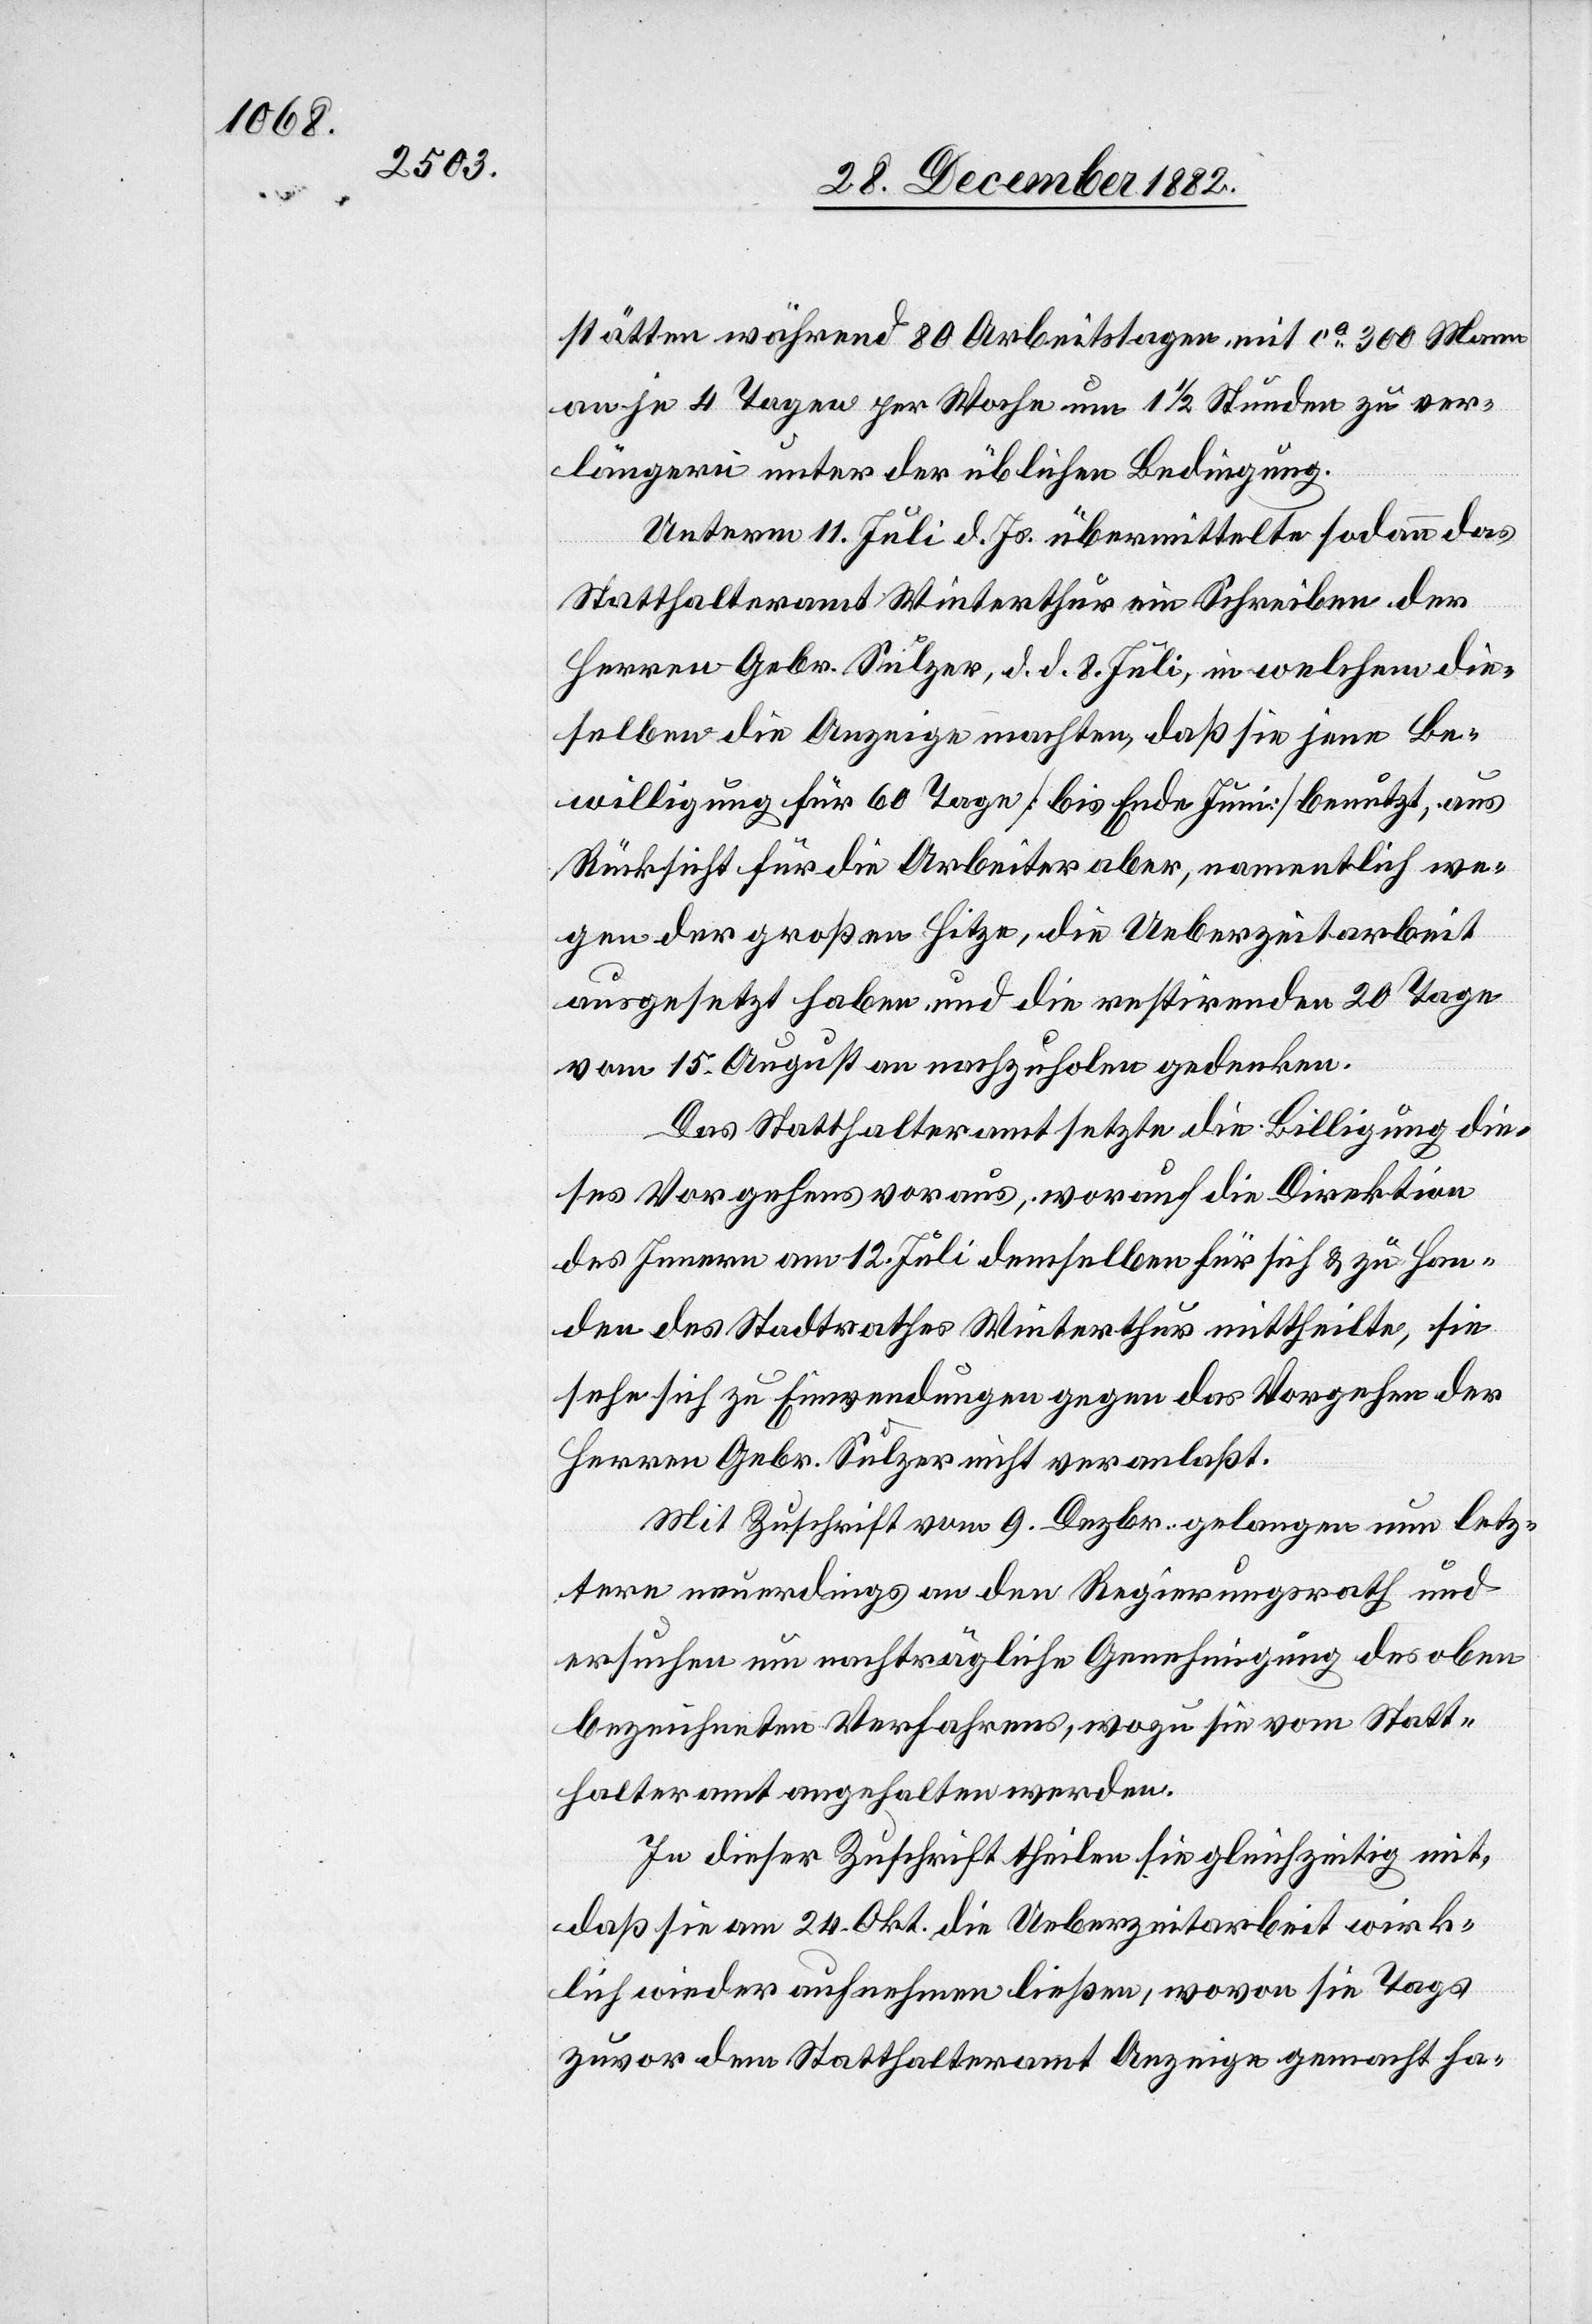
stätten während 80 Arbeitstagen mit ca 300 Mann
an je 4 Tagen per Woche um 1 1/2 Stunden zu ver¬
längern unter der üblichen Bedingung.
Unterm 11. Juli d. Js. übermittelte sodann das
Statthalteramt Winterthur ein Schreiben der
Herren Gebr. Sulzer, d. d. 8. Juli, in welchem die¬
selben die Anzeige machten, daß sie jene Be¬
willigung für 60 Tage [bis Ende Juni] benutzt, aus
Rücksicht für die Arbeiter aber, namentlich we¬
gen der großen Hitze, die Ueberzeitarbeit
ausgesetzt haben, und die restirenden 20 Tage
vom 15. August an nachzuholen gedenken.
Das Statthalteramt setzt die Bewilligung die¬
ses Vorgehens voraus, worauf die Direktion
des Innern am 12. Juli demselben für sich & zu Han¬
den des Stadtrathes Winterthur mittheilte, sie
sehe sich zu Einwendungen gegen das Vorgehen der
Herren Gebr. Sulzer nicht veranlaßt.
Mit Zuschrift vom 9. Dezbr. gelangen nun letz¬
tere neuerdings an den Regierungsrath und
ersuchen um nachträgliche Genehmigung des oben
bezeichneten Verfahrens, wozu sie vom Statt¬
halteramt angehalten werden.
In dieser Zuschrift theilen sie gleichzeitig mit,
daß sie am 24. Okt. die Ueberzeitarbeit wirk¬
lich wieder aufnehmen ließen, wovon sie Tags
zuvor dem Statthalteramt Anzeige gemacht ha-